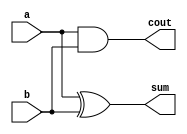
module halfadderstructural(a,b,sum,cout);
input a,b;
output sum,cout;
xor x(sum,a,b);
and a1(cout,a,b);
endmodule